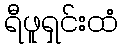
ရီဖူရှင်းထံ